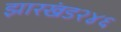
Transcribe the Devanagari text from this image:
झारखंड२४६